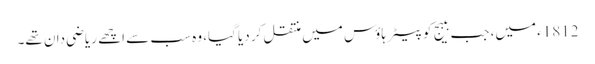
1812ء میں، جب ببیج کو پیٹر ہاؤس میں منتقل کر دیا گیا، وہ سب سے اچھے ریاضی دان تھے۔